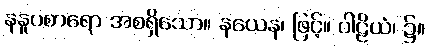
နနူပစာရော အစရှိသော။ နယေန၊ ဖြင့်။ ပါဠိယံ၊ ၌။